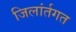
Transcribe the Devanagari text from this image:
जिलांर्तगत